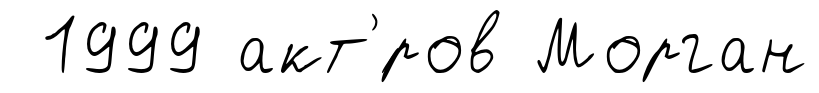
1999 акт'́ров Морган